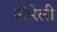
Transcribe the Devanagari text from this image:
कॉरेली